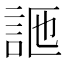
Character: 𧦩